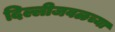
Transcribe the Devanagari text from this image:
दिल्लीजवळच्या